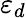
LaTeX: \varepsilon_{d}